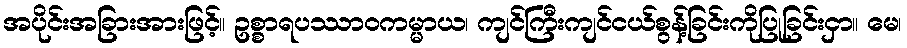
အပိုင်းအခြားအားဖြင့်။ ဥစ္စာရပဿာဝကမ္မာယ၊ ကျင်ကြီးကျင်ငယ်စွန့်ခြင်းကိုပြုခြင်းငှာ။ မေ၊